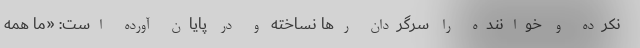
نکرده و خواننده را سرگردان رها نساخته و در پایان آورده است: «ما همه